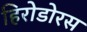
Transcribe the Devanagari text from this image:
हिरोडोरस